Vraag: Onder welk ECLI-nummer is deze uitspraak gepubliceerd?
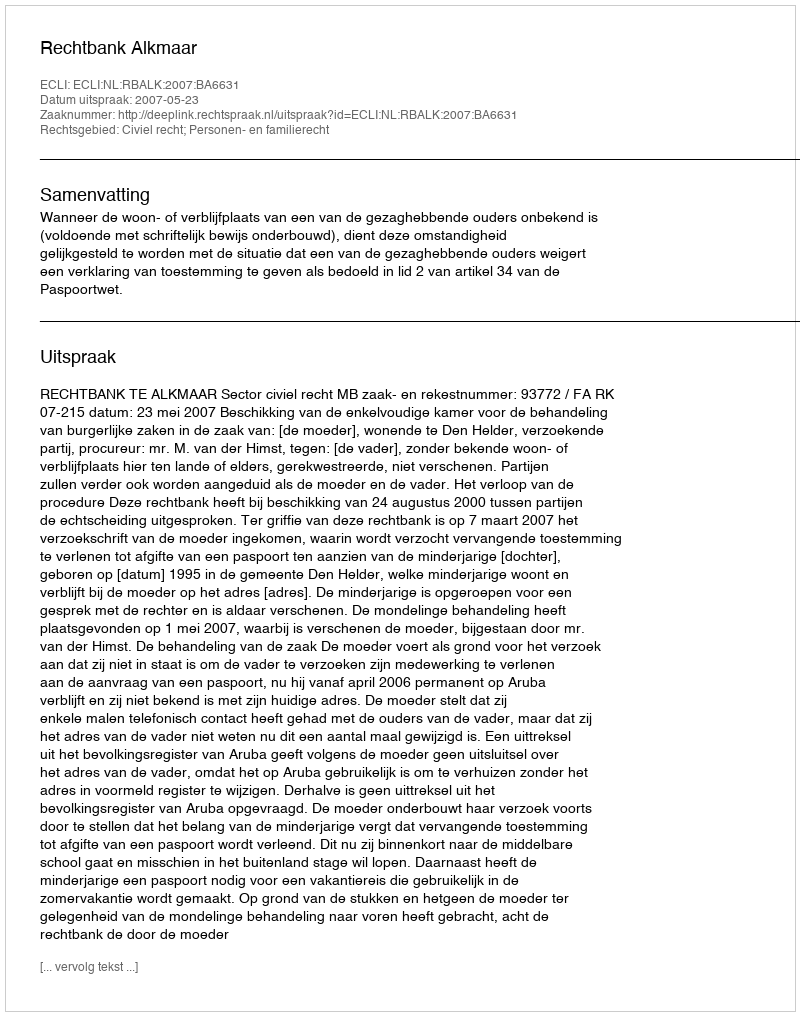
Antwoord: ECLI:NL:RBALK:2007:BA6631